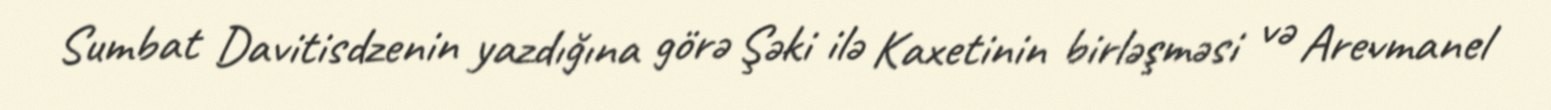
Sumbat Davitisdzenin yazdığına görə Şəki ilə Kaxetinin birləşməsi və Arevmanel